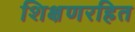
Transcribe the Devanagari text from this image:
शिक्षणरहित